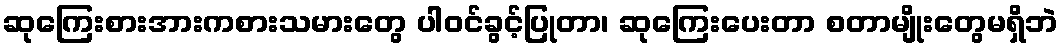
ဆုကြေးစားအားကစားသမားတွေ ပါဝင်ခွင့်ပြုတာ၊ ဆုကြေးပေးတာ စတာမျိုးတွေမရှိဘဲ